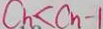
C _ { h } < C _ { n } - 1